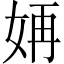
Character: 𫰝